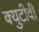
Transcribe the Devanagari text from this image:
क्युटीवी